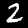
Label: 2